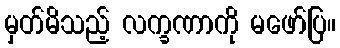
မှတ်မိသည့် လက္ခဏာကို မဖော်ပြ။